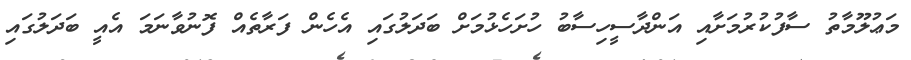
މަޢުލޫމާތު ސާފުކުރުމަށާއި އަންދާސީހިސާބު ހުށަހެޅުމަށް ބަދަލުގައި އެހެން ފަރާތެއް ފޮނުވާނަމަ އެއީ ބަދަލުގައި